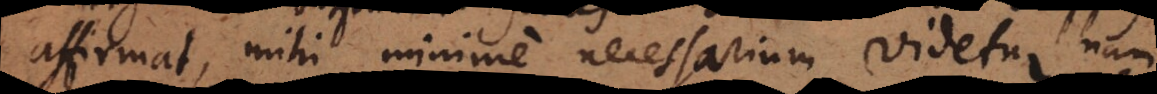
affirmat, mihi minime necessarium videtur, nam